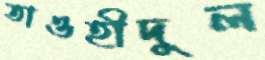
তাওহীদুল